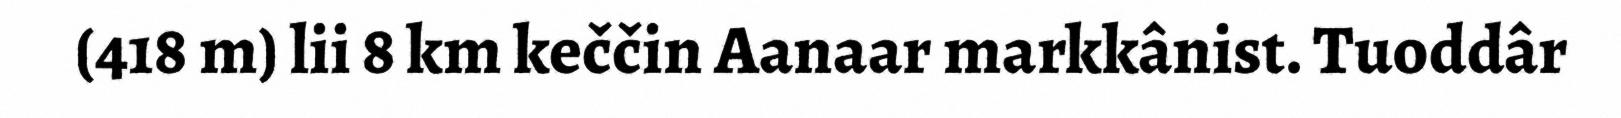
(418 m) lii 8 km keččin Aanaar markkânist. Tuoddâr